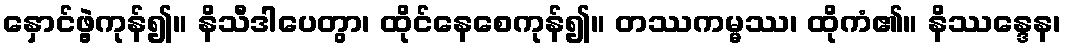
နှောင်ဖွဲ့ကုန်၍။ နိသီဒါပေတွာ၊ ထိုင်နေစေကုန်၍။ တဿကမ္မဿ၊ ထိုကံ၏။ နိဿန္ဒေန၊